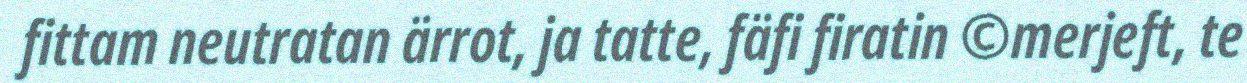
fittam neutratan ärrot, ja tatte, fäfi firatin ©merjeft, te